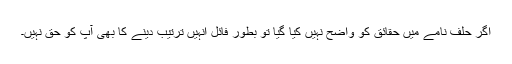
اگر حلف نامے میں حقائق کو واضح نہیں کیا گیا تو بطور فائل انہیں ترتیب دینے کا بھی آپ کو حق نہیں۔